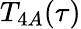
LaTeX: T_{4A}(\tau)